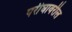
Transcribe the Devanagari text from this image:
परीघावरील